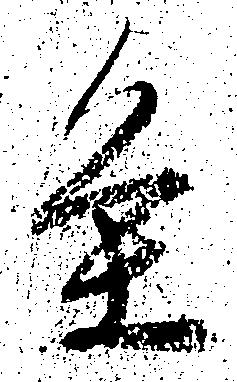
条